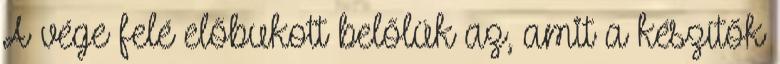
A vége felé előbukott belőlük az, amit a készítők